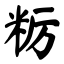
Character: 粝